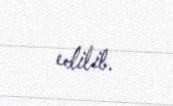
edilib.